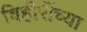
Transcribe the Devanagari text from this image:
विहीरींच्या